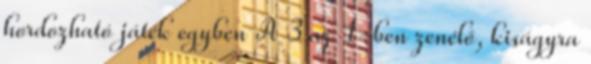
hordozható játék egyben A 3 az 1-ben zenélő, kiságyra